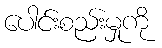
ပေါင်းစည်းမှုကို